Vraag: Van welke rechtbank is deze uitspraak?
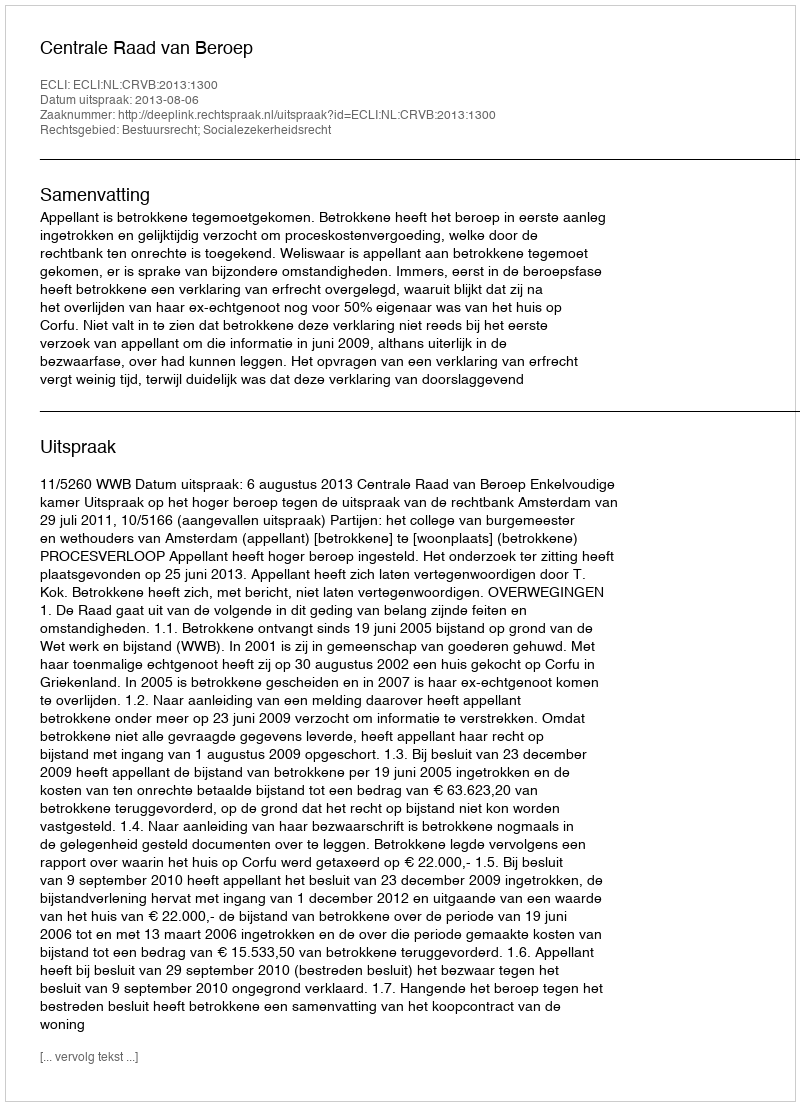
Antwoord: Centrale Raad van Beroep